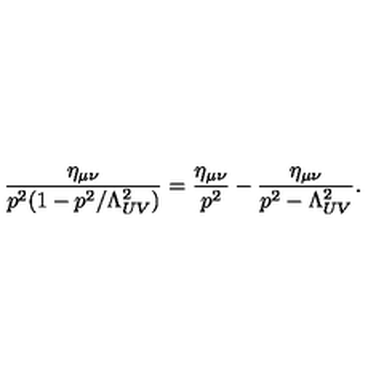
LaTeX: \frac { \eta _ { \mu \nu } } { p ^ { 2 } ( 1 - p ^ { 2 } / \Lambda _ { U V } ^ { 2 } ) } = \frac { \eta _ { \mu \nu } } { p ^ { 2 } } - \frac { \eta _ { \mu \nu } } { p ^ { 2 } - \Lambda _ { U V } ^ { 2 } } .